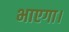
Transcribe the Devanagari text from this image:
भाएगा।